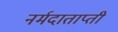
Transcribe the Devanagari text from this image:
नर्मदाताप्ती